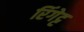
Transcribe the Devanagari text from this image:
रिंगेट्ट